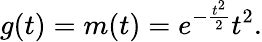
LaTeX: g(t)=m(t)=e^{-\frac{t^{2}}{2}}t^{2}.